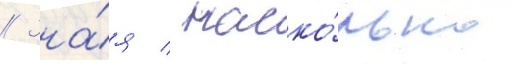
// Зна́я / наско́лько